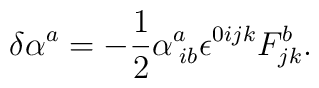
\delta \alpha ^{a}=-\frac{1}{2}\alpha _{\;ib}^{a}\epsilon ^{0ijk}F_{jk}^{b}.